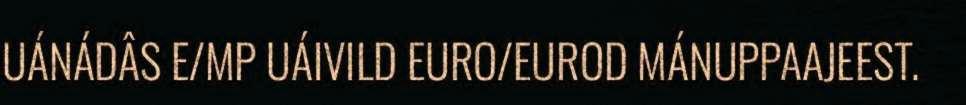
UÁNÁDÂS E/MP UÁIVILD EURO/EUROD MÁNUPPAAJEEST.